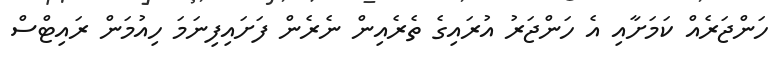
ހަންޖަރެއް ކަމަށާއި އެ ހަންޖަރު އުރައިގެ ތެރެއިން ނެރެން ފަށައިފިނަމަ ހިއުމަން ރައިޓްސް